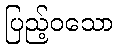
ပြည့်ဝသော